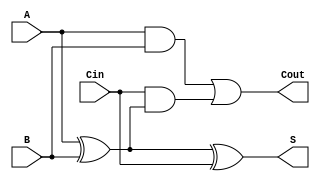
module LowPowerFullAdder (
    input wire A,     // First input bit
    input wire B,     // Second input bit
    input wire Cin,   // Carry input bit
    output wire S,    // Sum output
    output wire Cout   // Carry output
);

// Internal wires for intermediate calculations
wire AxorB; // A XOR B
wire AandB; // A AND B

// Logic for Sum (S) and Carry-out (Cout)
assign AxorB = A ^ B;          // A XOR B
assign S = AxorB ^ Cin;        // Sum = (A XOR B) XOR Cin
assign AandB = A & B;          // A AND B
assign Cout = AandB | (Cin & AxorB); // Carry-out = (A AND B) OR (Cin AND (A XOR B))

endmodule